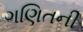
ગણિતની